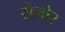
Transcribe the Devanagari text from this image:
सेलोर